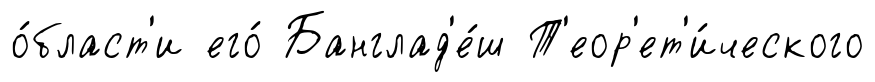
о́бласт'и его́ Банглад'е́ш Т'еор'ет'и́ческого